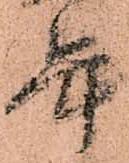
年